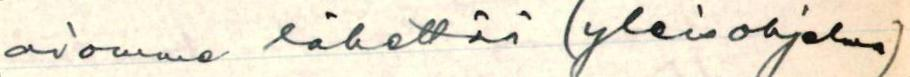
aiomme lähettää (yleisohjelma)